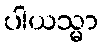
ပါယသ္မာ